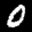
Label: 0